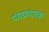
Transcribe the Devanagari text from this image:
पंथप्रचारक